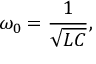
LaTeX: \omega _ { 0 } = { \frac { 1 } { \sqrt { L C } } } ,